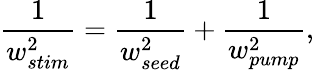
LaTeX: \frac{1}{w_{stim}^{2}}=\frac{1}{w_{seed}^{2}}+\frac{1}{w_{pump}^{2}},